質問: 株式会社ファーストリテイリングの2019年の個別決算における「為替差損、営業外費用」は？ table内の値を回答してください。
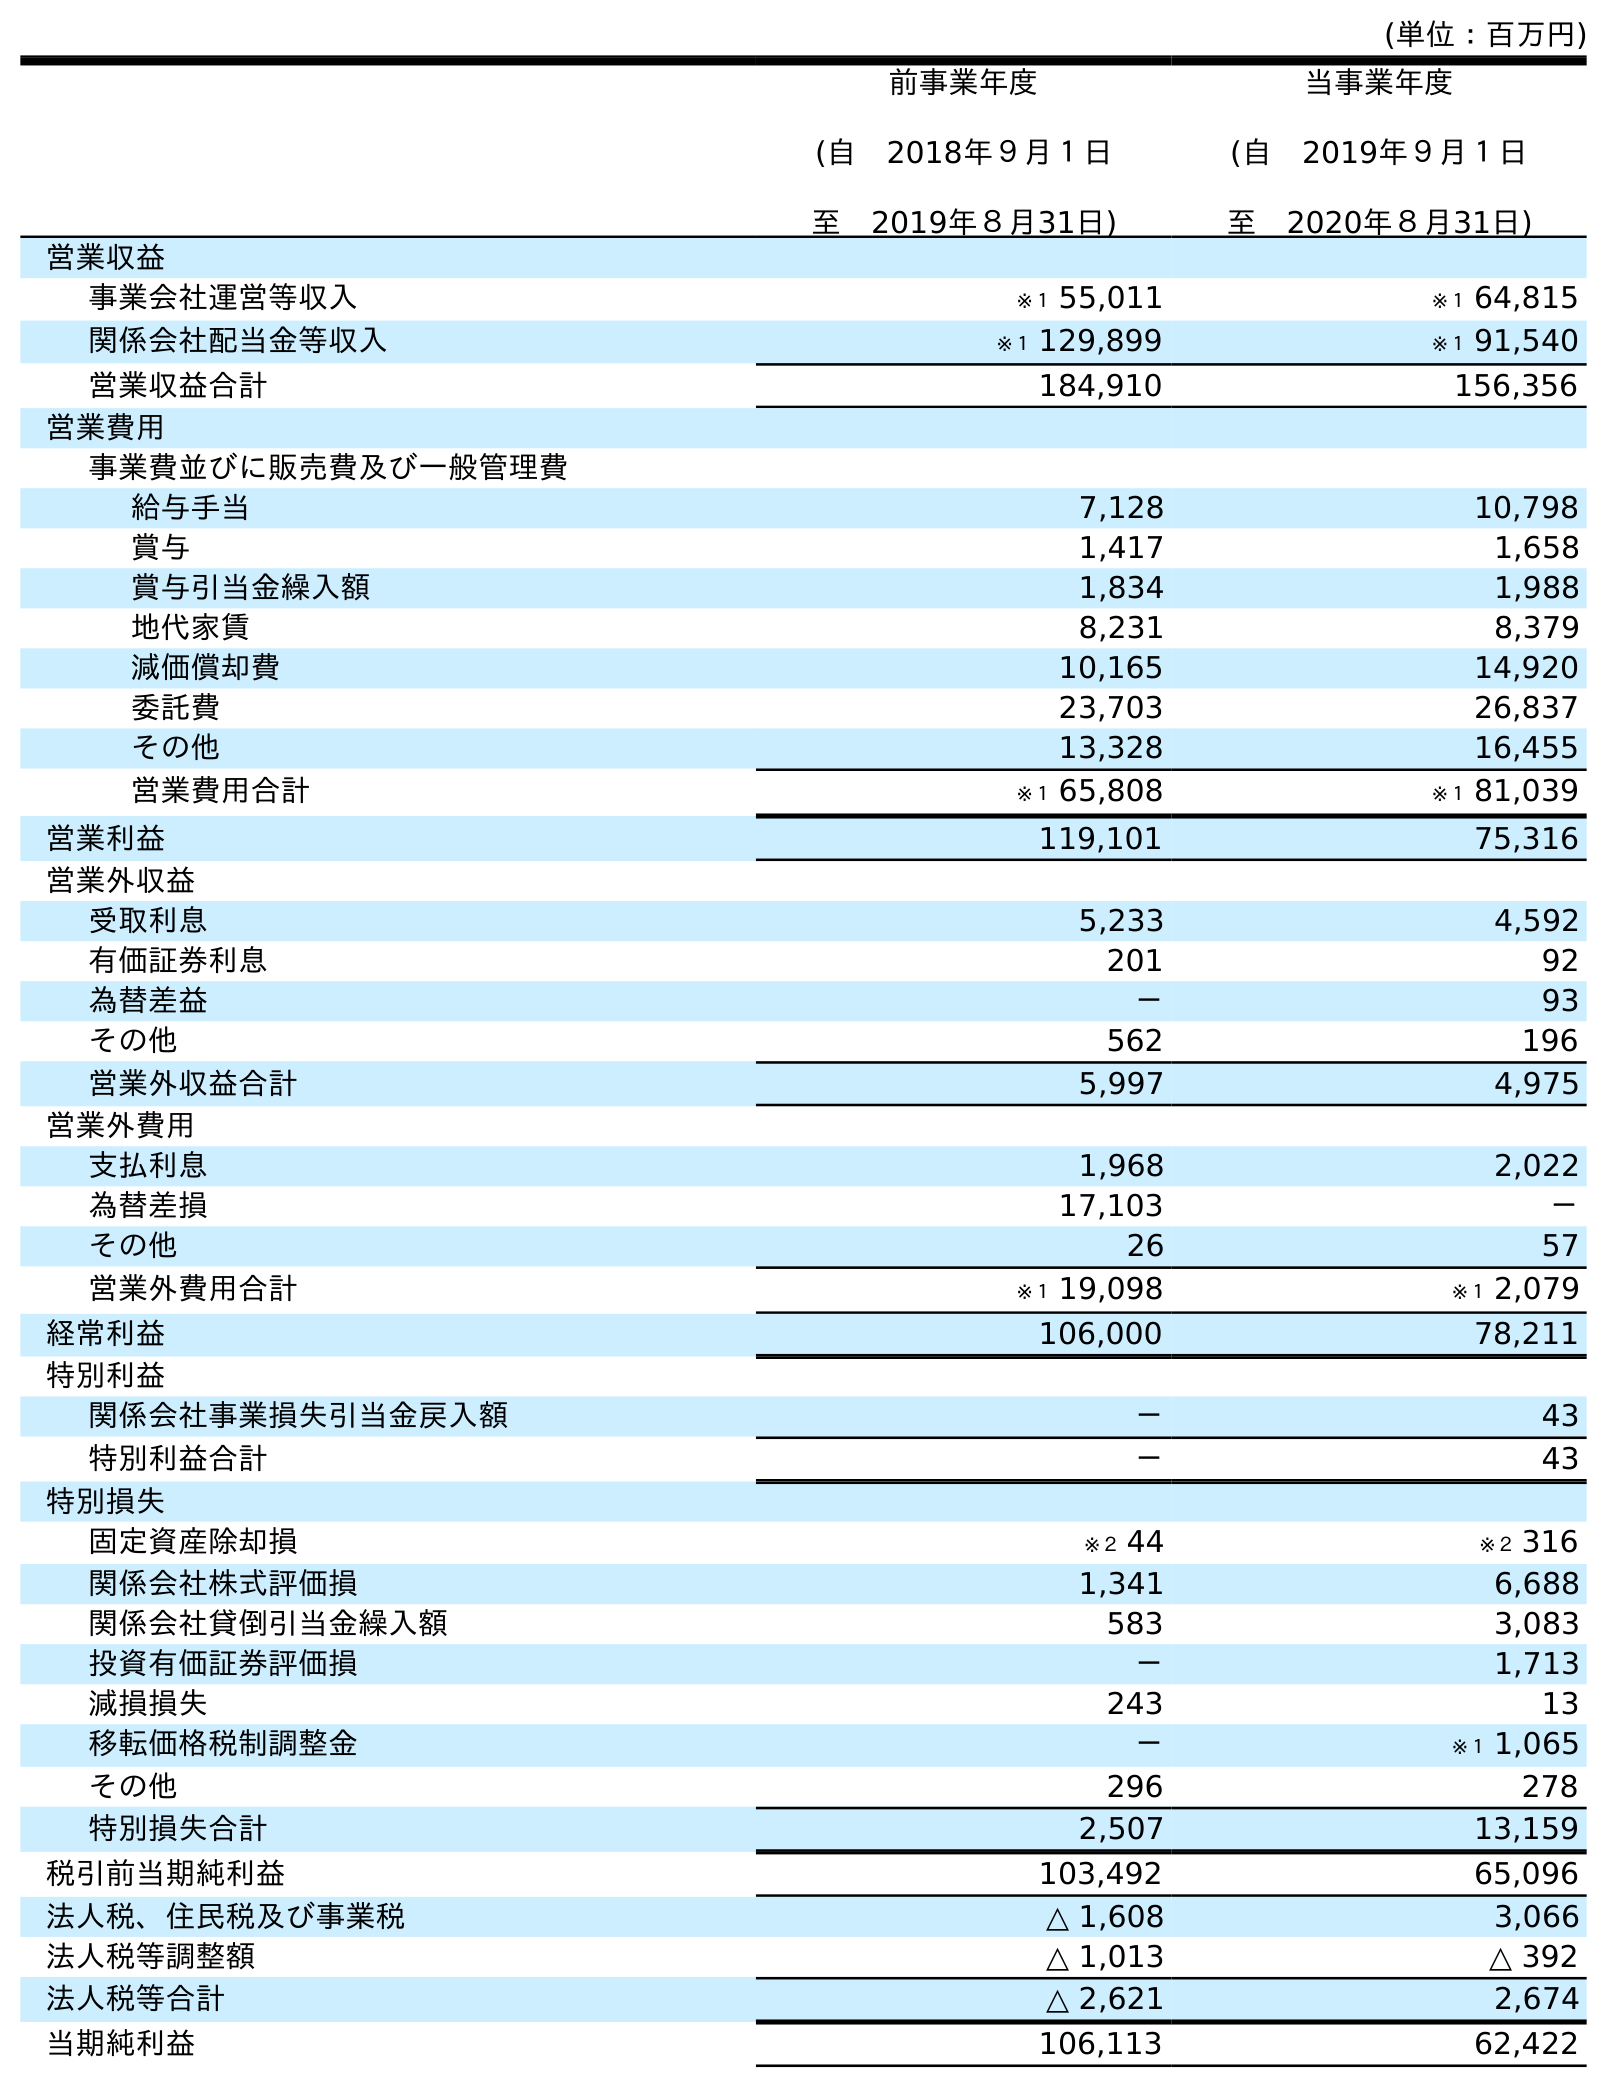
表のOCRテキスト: (単位：百万円) 前事業年度 (自 2018年９月１日 至 2019年８月31日) 当事業年度 (自 2019年９月１日 至 2020年８月31日) 営業収益 事業会社運営等収入 ※１ 55,011 ※１ 64,815 関係会社配当金等収入 ※１ 129,899 ※１ 91,540 営業収益合計 184,910 156,356 営業費用 事業費並びに販売費及び一般管理費 給与手当 7,128 10,798 賞与 1,417 1,658 賞与引当金繰入額 1,834 1,988 地代家賃 8,231 8,379 減価償却費 10,165 14,920 委託費 23,703 26,837 その他 13,328 16,455 営業費用合計 ※１ 65,808 ※１ 81,039 営業利益 119,101 75,316 営業外収益 受取利息 5,233 4,592 有価証券利息 201 92 為替差益 － 93 その他 562 196 営業外収益合計 5,997 4,975 営業外費用 支払利息 1,968 2,022 為替差損 17,103 － その他 26 57 営業外費用合計 ※１ 19,098 ※１ 2,079 経常利益 106,000 78,211 特別利益 関係会社事業損失引当金戻入額 － 43 特別利益合計 － 43 特別損失 固定資産除却損 ※２ 44 ※２ 316 関係会社株式評価損 1,341 6,688 関係会社貸倒引当金繰入額 583 3,083 投資有価証券評価損 － 1,713 減損損失 243 13 移転価格税制調整金 － ※１ 1,065 その他 296 278 特別損失合計 2,507 13,159 税引前当期純利益 103,492 65,096 法人税、住民税及び事業税 △ 1,608 3,066 法人税等調整額 △ 1,013 △ 392 法人税等合計 △ 2,621 2,674 当期純利益 106,113 62,422
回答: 17,103